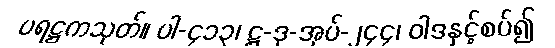
ပရဋ္ဌကသုတ်။ ပါ-၄၁၃၊ ဋ္ဌ-ဒု-အုပ်-၂၄၄၊ ဝါဒနှင့်စပ်၍